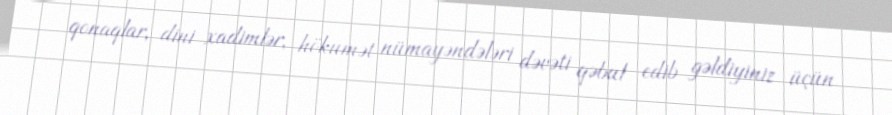
qonaqlar, dini xadimlər, hökumət nümayəndələri dəvəti qəbul edib gəldiyiniz üçün